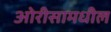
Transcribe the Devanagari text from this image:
ओरीसामधील